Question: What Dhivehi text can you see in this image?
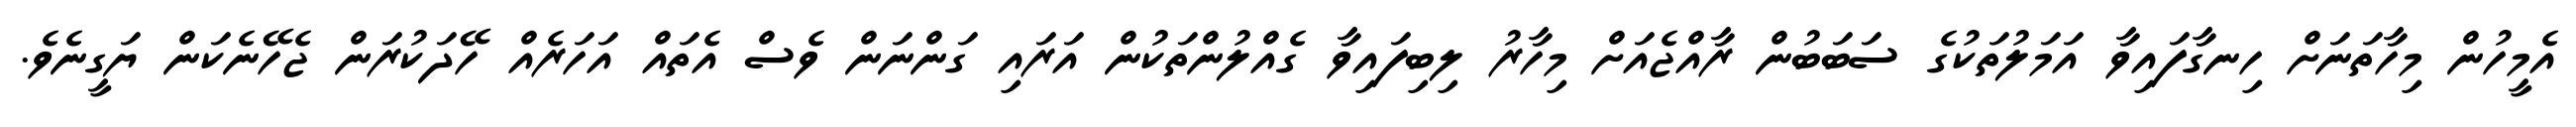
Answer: އެމީހުން މިހާތަނަށް ހިނގާފައިވާ އަމަލުތަކުގެ ސަބަބުން ރާއްޖެއަށް މިހާރު ލިބިފައިވާ ގެއްލުންތަކުން އަރައި ގަންނަން ވެސް އެތައް އަހަރެއް ހޭދަކުރަން ޖެހޭނެކަން ޔަގީނެވެ.